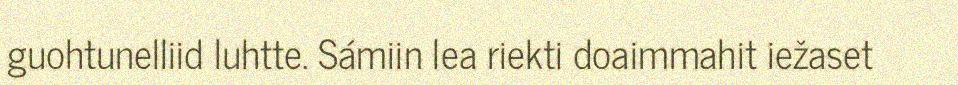
guohtunelliid luhtte. Sámiin lea riekti doaimmahit iežaset